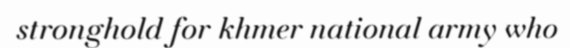
stronghold for khmer national army who